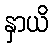
နှာယိ